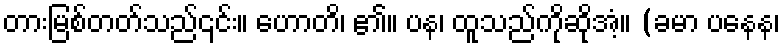
တားမြစ်တတ်သည်၎င်း။ ဟောတိ၊ ၏။ ပန၊ ထူသည်ကိုဆိုအံ့။ (ခမာ ပနေန၊